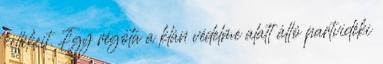
kellékeit. Egy régóta a klán védelme alatt álló partvidéki